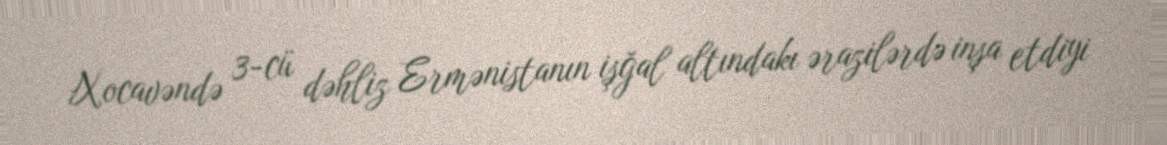
Xocavəndə 3-cü dəhliz Ermənistanın işğal altındakı ərazilərdə inşa etdiyi